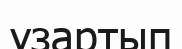
үзартып